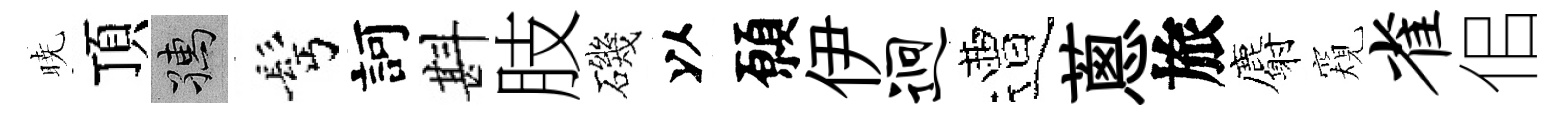
暁頂孺髩訶斟肢磯以願伊迥遭蔥旅麝窺雀佀